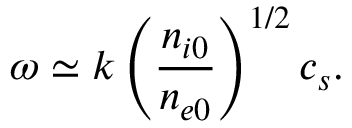
\omega \simeq k \left( \frac { n _ { i 0 } } { n _ { e 0 } } \right) ^ { 1 / 2 } c _ { s } .